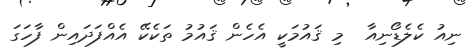
ނިއު ކެލެޑޯނިއާ  މި ޤައުމަކީ އެހެން ޤައުމު ތަކެކޭ އެއްފަދައިން ފާހަގަ